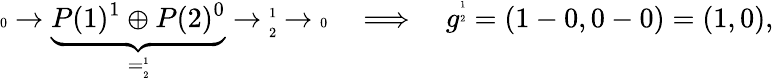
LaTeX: {\tiny\begin{array}{cc}{0}\end{array}}\to\underbrace{P(1)^{1}\oplus P(2)^{0}}_{=\tiny{\begin{array}{cc}{1}\\ {2}\end{array}}}\to{\tiny{\begin{array}{cc}{1}\\ {2}\end{array}}}\to{\tiny\begin{array}{cc}{0}\end{array}}\quad\Longrightarrow\quad g^{\tiny{\begin{array}{cc}{1}\\ {2}\end{array}}}=(1-0,0-0)=(1,0),